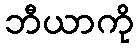
ဘီယာကို